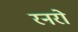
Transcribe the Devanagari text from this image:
रनरो